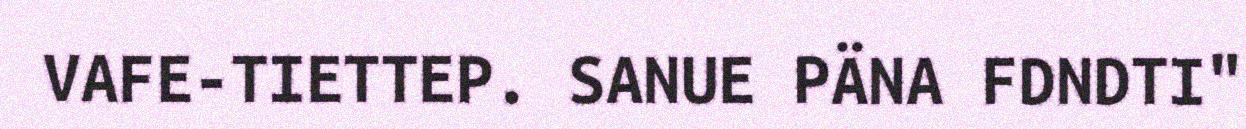
VAFE-TIETTEP. SANUE PÄNA FDNDTI"